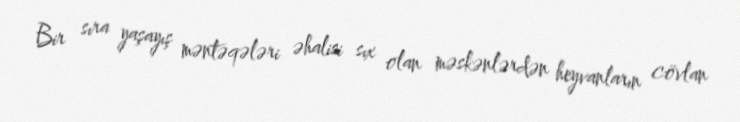
Bir sıra yaşayış məntəqələri əhalisi sıx olan məskənlərdən heyvanların cövlan